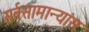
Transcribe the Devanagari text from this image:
सर्वसामान्यांस